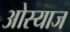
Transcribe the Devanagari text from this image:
ओस्याज